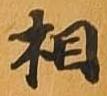
相